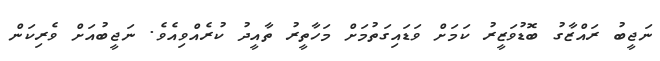
ނަޖީބު ރައްޒާގު ބޮޑުވަޒީރު ކަމަށް ވަޑައިގަތުމަށް މަހާތީރު ތާއީދު ކުރެއްވިއެވެ. ނަޖީބުއަށް ވެރިކަން